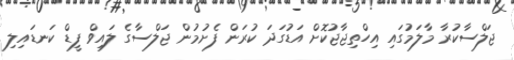
ޖަލްސާކުރާ މާލަމުގައި އިހްތިޖާޖުކޮށް އަޑުގަދަ ކުރަން ފެށުމުން ޖަލްސާގެ ލައިވް ފީޑް ކަނޑައިލި